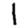
Digit: 1